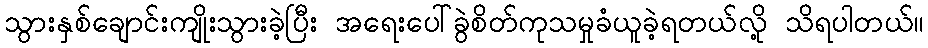
သွားနှစ်ချောင်းကျိုးသွားခဲ့ပြီး အရေးပေါ်ခွဲစိတ်ကုသမှုခံယူခဲ့ရတယ်လို့ သိရပါတယ်။